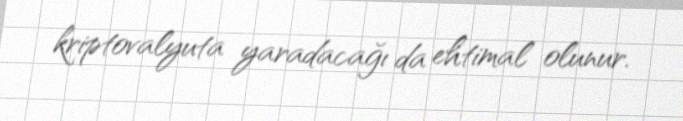
kriptovalyuta yaradacağı da ehtimal olunur.